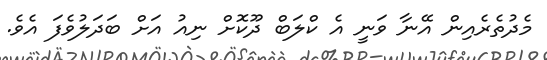
މެދުތެރެއިން އޭނާ ވަނީ އެ ކްލަބް ދޫކޮށް ނިއު އަށް ބަދަލުވެފަ އެވެ.